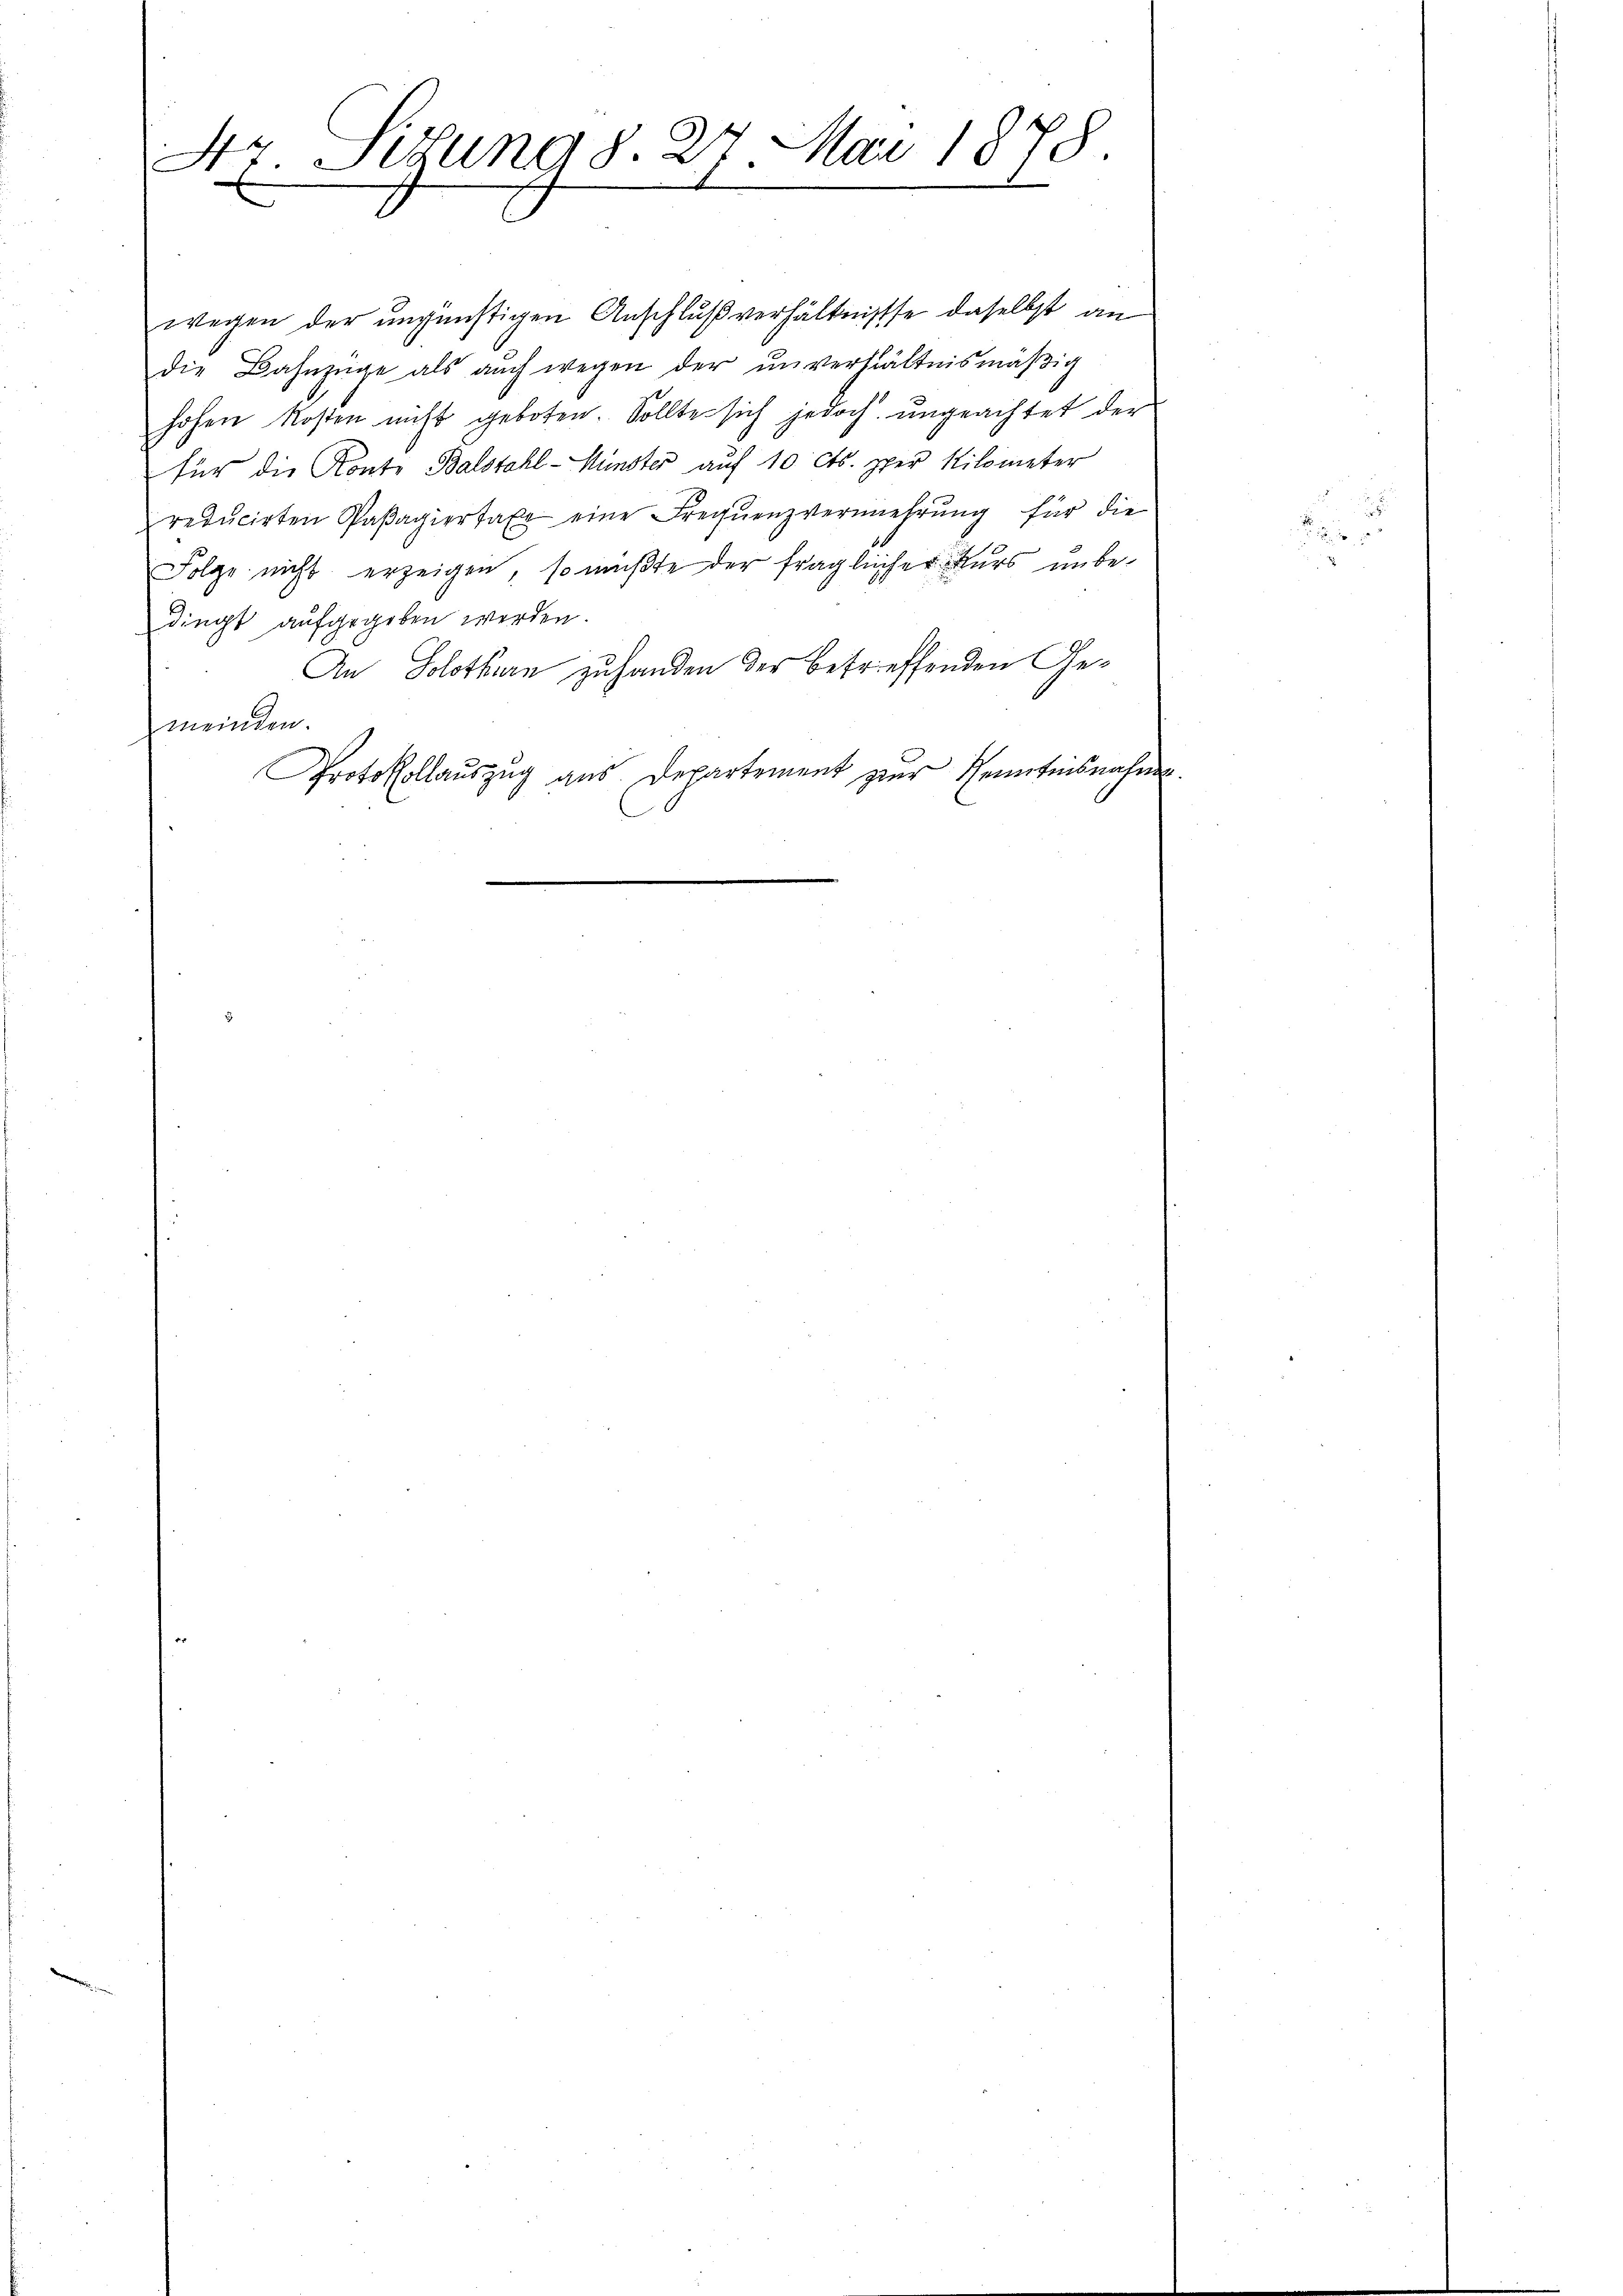
4r Sitzung d. 27. Mai 1878

wegen der ungünstigen Anschlußverhältnisse daselbst an
die Bahnzüge als auch wegen der unverhältnismäβig
hohen Kosten nicht geboten. Sollte sich jedoch ungeachtet der
für die Konte Balstahl-Münster auf 10 cts. pper Kilometer
reducirten Paβagiertaxe eine Freqŭenzvermehrŭng für die
Folge nicht erzeigen, so müßte der fraglicher Kurs unbe-
dingt aufgegeben werden.
An Solothurn zuhanden der betreffenden Gemeinden.
Protokollaŭszŭg aŭs Departement zur Genertnisnahme